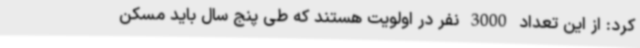
کرد: از این تعداد 3000 نفر در اولویت هستند که طی پنج سال باید مسکن